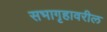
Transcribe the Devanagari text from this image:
सभागृहावरील